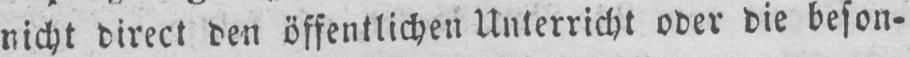
nicht direct den öffentlichen Unterricht oder die beson-